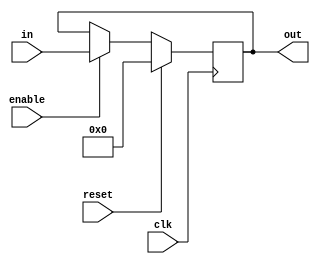
// Register, 32 bits (with an enable input)
module reg_32bit(out, in, enable, reset, clk);

   output [31:0] out;
   reg [31:0]    out;
   input [31:0]  in;
   input         enable, clk, reset;
   
   always @(posedge clk)
     begin
        if(reset)
          out <= 0;
        else
          if(enable)
            out <= in;
     end

endmodule